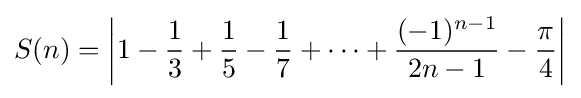
S(n)=\left|1-{\frac {1}{3}}+{\frac {1}{5}}-{\frac {1}{7}}+\cdots +{\frac {(-1)^{n-1}}{2n-1}}-{\frac {\pi }{4}}\right|